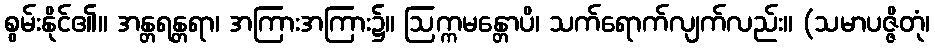
စွမ်းနိုင်၏။ အန္တရန္တရာ၊ အကြားအကြား၌။ ဩက္ကမန္တောပိ၊ သက်ရောက်လျက်လည်း။ (သမာပဇ္ဇိတုံ၊